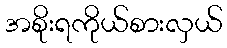
အစိုးရကိုယ်စားလှယ်